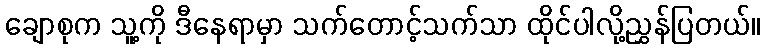
ချောစုက သူ့ကို ဒီနေရာမှာ သက်တောင့်သက်သာ ထိုင်ပါလို့ညွှန်ပြတယ်။